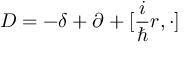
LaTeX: D = - \delta + \partial + [ \frac { i } { \hbar } r , \cdot ]